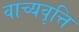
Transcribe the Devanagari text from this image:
वाच्यवृत्ति